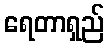
ရေတာရှည်